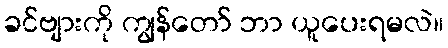
ခင်ဗျားကို ကျွန်တော် ဘာ ယူပေးရမလဲ။